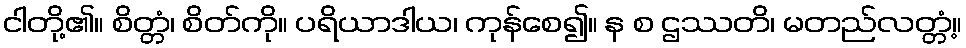
ငါတို့၏။ စိတ္တံ၊ စိတ်ကို။ ပရိယာဒါယ၊ ကုန်စေ၍။ န စ ဌဿတိ၊ မတည်လတ္တံ့။